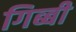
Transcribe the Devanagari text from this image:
गिब्बी